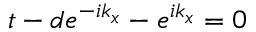
t - d e ^ { - i k _ { x } } - e ^ { i k _ { x } } = 0